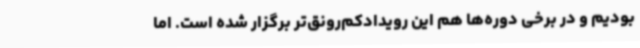
بودیم و در برخی دوره‌ها هم این رویدادکم‌رونق‌تر برگزار شده است. اما